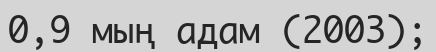
0,9 мың адам (2003);